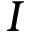
I